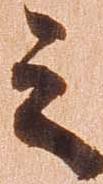
之